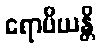
ရောပိယန္တိ